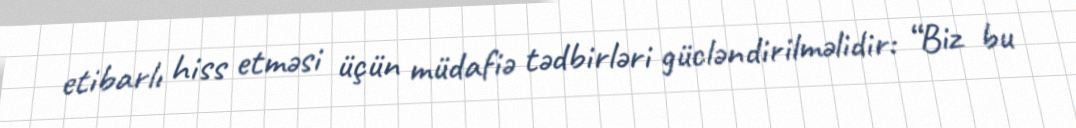
etibarlı hiss etməsi üçün müdafiə tədbirləri gücləndirilməlidir: “Biz bu